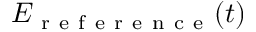
E _ { \mathrm { ~ r ~ e ~ f ~ e ~ r ~ e ~ n ~ c ~ e ~ } } ( t )